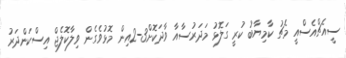
ސީއެޗްއެސްއީ މެޗު ކާމިޔާބު ކުރީ ގަލޮޅު މަދަރުސާއާ ވާދަކޮށް3-2އިން މޮޅުވެގެން ވިލާކޮލެޖް އިސްކަންދަރު